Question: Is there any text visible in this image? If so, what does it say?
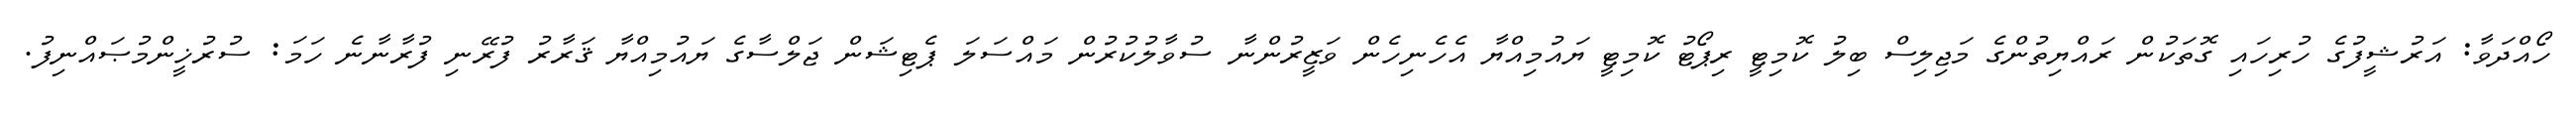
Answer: ހޯއްދަވާ: އަރުޝީފުގެ ހުރިހައި ގޮތަކުން ރައްޔިތުންގެ މަޖިލިސް ބިލު ކޮމިޓީ ރިޕޯޓު ކޮމިޓީ ޔައުމިއްޔާ އެހެނިހެން ވަޒީރުންނާ ސުވާލުކުރުން މައްސަލަ ޕެޓިޝަން ޖަލްސާގެ ޔައުމިއްޔާ ޤަރާރު ފުރޭނި ފުރާނާނެ ހަމަ: ސުރުޚީންމުޞައްނިފު.